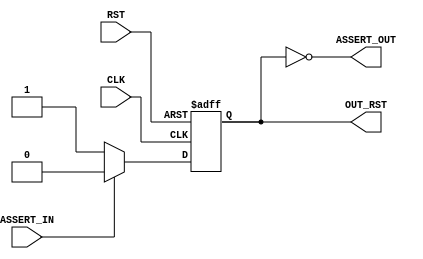

// Copyright (c) 2000-2012 Bluespec, Inc.

// Permission is hereby granted, free of charge, to any person obtaining a copy
// of this software and associated documentation files (the "Software"), to deal
// in the Software without restriction, including without limitation the rights
// to use, copy, modify, merge, publish, distribute, sublicense, and/or sell
// copies of the Software, and to permit persons to whom the Software is
// furnished to do so, subject to the following conditions:

// The above copyright notice and this permission notice shall be included in
// all copies or substantial portions of the Software.

// THE SOFTWARE IS PROVIDED "AS IS", WITHOUT WARRANTY OF ANY KIND, EXPRESS OR
// IMPLIED, INCLUDING BUT NOT LIMITED TO THE WARRANTIES OF MERCHANTABILITY,
// FITNESS FOR A PARTICULAR PURPOSE AND NONINFRINGEMENT. IN NO EVENT SHALL THE
// AUTHORS OR COPYRIGHT HOLDERS BE LIABLE FOR ANY CLAIM, DAMAGES OR OTHER
// LIABILITY, WHETHER IN AN ACTION OF CONTRACT, TORT OR OTHERWISE, ARISING FROM,
// OUT OF OR IN CONNECTION WITH THE SOFTWARE OR THE USE OR OTHER DEALINGS IN
// THE SOFTWARE.
//
// $Revision: 29452 $
// $Date: 2012-08-27 22:01:48 +0000 (Mon, 27 Aug 2012) $

`ifdef BSV_ASSIGNMENT_DELAY
`else
  `define BSV_ASSIGNMENT_DELAY
`endif

`ifdef BSV_POSITIVE_RESET
  `define BSV_RESET_VALUE 1'b1
  `define BSV_RESET_EDGE posedge
`else
  `define BSV_RESET_VALUE 1'b0
  `define BSV_RESET_EDGE negedge
`endif



module MakeReset0 (
		  CLK,
		  RST,
                  ASSERT_IN,
		  ASSERT_OUT,

                  OUT_RST
                  );

   parameter          init = 1 ;

   input              CLK ;
   input              RST ;
   input              ASSERT_IN ;
   output             ASSERT_OUT ;

   output             OUT_RST ;

   reg                rst ;

   assign ASSERT_OUT =  rst == `BSV_RESET_VALUE ;

   assign OUT_RST = rst ;

   always@(posedge CLK or `BSV_RESET_EDGE RST) begin
      if (RST == `BSV_RESET_VALUE)
        rst <= `BSV_ASSIGNMENT_DELAY init ? ~ `BSV_RESET_VALUE : `BSV_RESET_VALUE;
      else
        begin
           if (ASSERT_IN)
             rst <= `BSV_ASSIGNMENT_DELAY `BSV_RESET_VALUE;
           else // if (rst == 1'b0)
             rst <= `BSV_ASSIGNMENT_DELAY ~ `BSV_RESET_VALUE;
        end // else: !if(RST == `BSV_RESET_VALUE)
   end // always@ (posedge CLK or `BSV_RESET_EDGE RST)


`ifdef BSV_NO_INITIAL_BLOCKS
`else // not BSV_NO_INITIAL_BLOCKS
   // synopsys translate_off
   initial begin
      #0 ;
      rst = ~ `BSV_RESET_VALUE ;
   end
   // synopsys translate_on
`endif // BSV_NO_INITIAL_BLOCKS

endmodule // MakeReset0